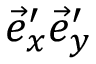
\vec { e } _ { x } ^ { \prime } \vec { e } _ { y } ^ { \prime }